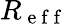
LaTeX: R_{\mathrm{~e~f~f~}}